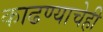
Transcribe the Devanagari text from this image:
काढण्याचेही